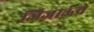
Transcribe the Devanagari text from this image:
जिजाऊंचे